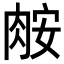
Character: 𦛅